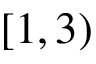
[ 1 , 3 )